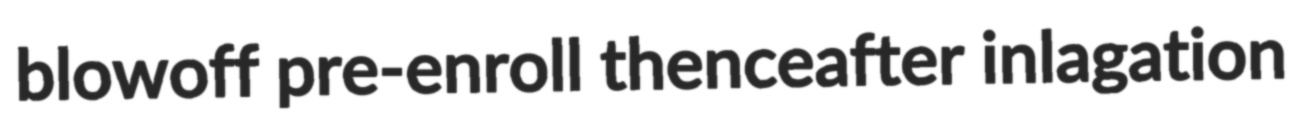
blowoff pre-enroll thenceafter inlagation